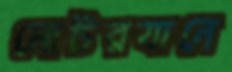
মোটরযানে